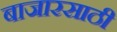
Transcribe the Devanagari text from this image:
बाजारसाठी